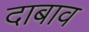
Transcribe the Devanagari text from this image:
दाबाव